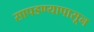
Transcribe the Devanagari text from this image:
सापडण्यापासून